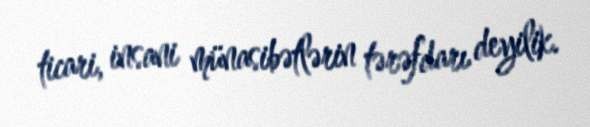
ticari, insani münasibətlərin tərəfdarı deyilik.